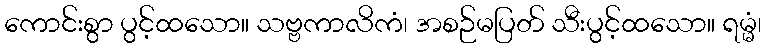
ကောင်းစွာ ပွင့်ထသော။ သဗ္ဗကာလိကံ၊ အစဉ်မပြတ် သီးပွင့်ထသော။ ရမ္မံ၊